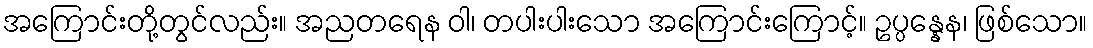
အကြောင်းတို့တွင်လည်း။ အညတရေန ဝါ၊ တပါးပါးသော အကြောင်းကြောင့်။ ဥပ္ပန္နေန၊ ဖြစ်သော။